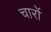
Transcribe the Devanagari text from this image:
चारोंं